system: You are a helpful assistant.
user:
Analyze the provided spectrum to determine if it is a **M-type Giant (gM)**.

A M-type Giant spectrum is defined by its **strong molecular absorption** features, particularly from **Titanium Oxide (TiO)**. You must check for one of the following mutually exclusive signatures:

- **Key Visual Indicators (Absorption-Dominated Spectrum):**

    - **(Primary):** The spectrum is dominated by strong molecular absorption from **Titanium Oxide (TiO)**. This is the **defining feature** of its M-type temperature class.
        - **(Key Bandheads):** Look for sharp, "saw-tooth" absorption valleys. The strongest are located near **~7050 Å**, **~6160 Å**, and **~5170 Å**.
        - **(Line Profile):** The "saw-tooth" morphology is critical: a **sharp, steep drop on the BLUE (short-wavelength) side** of the bandhead, followed by a gradual recovery (rising flux) towards the RED (long-wavelength) side.

    - **(Key Confirmation - Giant vs. Dwarf):** **ABSENCE** of strong **Calcium Hydride (CaH)** molecular bands. This is the primary diagnostic for *excluding* M-dwarfs.
        - **(Key Region):** The spectrum should lack the strong, broad absorption band seen in dwarfs between **~6800 Å and ~7000 Å**.

    - **(Secondary Confirmation - Giant):** A very strong and broad **Neutral Calcium (Ca I)** atomic absorption line.
        - **(Key Line):** Located at **~4226 Å**. In a giant (gM), this line is significantly deeper and broader than the same line in an M-dwarf (dM) due to low surface gravity.

    - **(Overall Spectrum):**
        - The continuum is **extremely red-sloping** (i.e., flux is very low in the blue and rises dramatically towards the red).
        - The entire spectrum appears "chopped up" by the deep TiO bands.

Think first, call **spectral_visualization_tool** if needed to examine features in detail, then provide your final answer. Your response must adhere to the following strict rules:
1.  **Overall Structure:** Your response must follow the format `<think>...</think> <tool_call>...</tool_call> (if a tool is used) <answer>...</answer>`.
2.  **Tool Usage Constraint:** You may only make **one** tool call per turn.
3.  **Final Answer Format:** In the `<answer>` tag, your conclusion must be inside a `\boxed{}` command (e.g., `\boxed{YES}` or `\boxed{NO}`), followed by your justification.

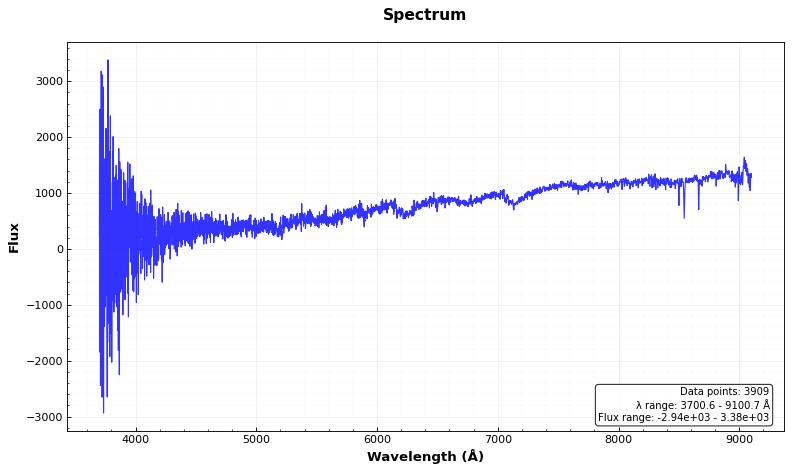
Answer: YES